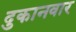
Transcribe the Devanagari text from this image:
दुकानवार